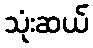
သုံးဆယ်